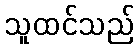
သူထင်သည်